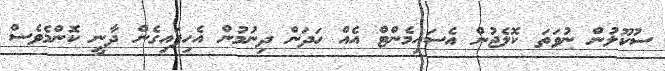
ސުކޫލުން ނުވަތަ ކޮލެޖުން އެސައިމެންޓް އެއް ހަދަން ދިނުމުން އެހިފައިގެން ދާނީ ކޮންމެވެސް